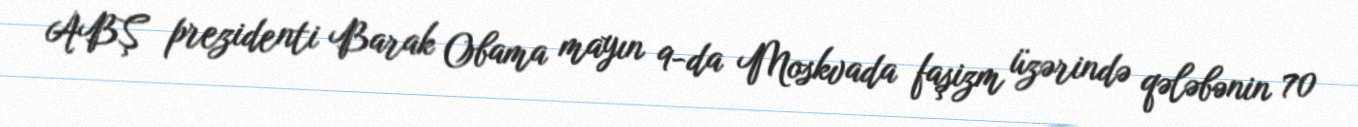
ABŞ prezidenti Barak Obama mayın 9-da Moskvada faşizm üzərində qələbənin 70